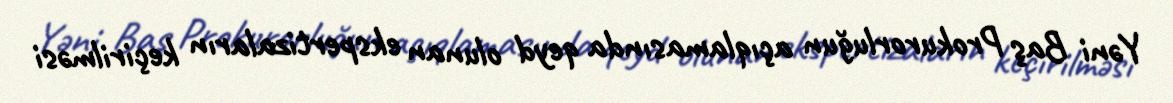
Yəni Baş Prokurorluğun açıqlamasında qeyd olunan ekspertizaların keçirilməsi